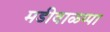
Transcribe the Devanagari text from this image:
मडीवाळप्पा